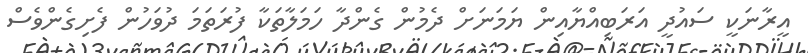
އީރާނަކީ ސައުދީ އަރަބިއްޔާއިން ޔަމަނަށް ދެމުން ގެންދާ ހަމަލާތަކާ ފުރަތަމަ ދުވަހުން ފެށިގެންވެސް